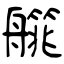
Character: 艞